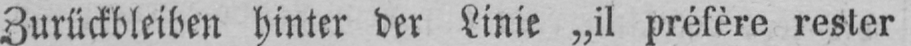
Zurückbleiben hinter der Linie „il préfère rester